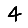
Digit: 4